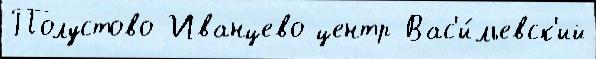
Полустово Иванцево центр Вас'и́льевск'ий